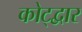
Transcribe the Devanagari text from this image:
कोट्द्वार